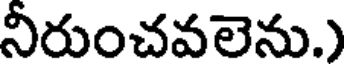
నీరుంచవలెను.)